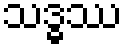
သဒ္ဓဿ